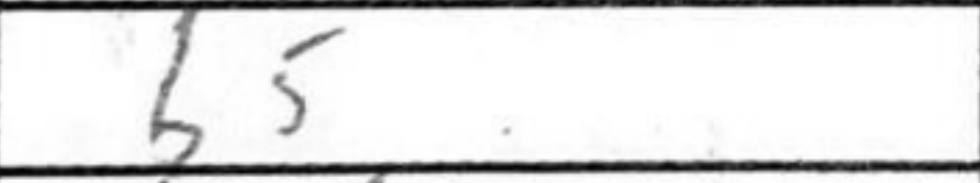
Transcription: b5